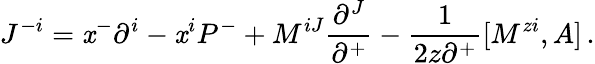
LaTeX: J^{-i}=\mathit{x}^{-}\partial^{i}-\mathit{x}^{i}P^{-}+M^{iJ}\frac{{\partial^{J}}}{{\partial^{+}}}-\frac{{1}}{{2z\partial^{+}}}[M^{zi},A]\, .